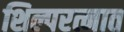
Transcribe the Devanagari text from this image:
शिल्परत्नात